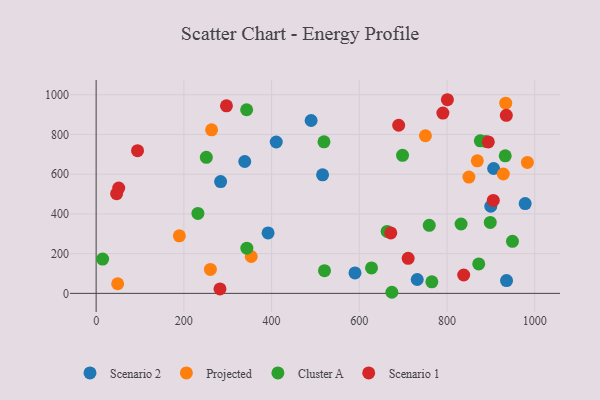
{"axis": {"x": "Distance", "y": "Yield"}, "legend": ["Cluster A", "Projected", "Scenario 1", "Scenario 2"], "data": [{"x": "410.6", "y": 762.0, "type": "Scenario 2"}, {"x": "935.6", "y": 64.2, "type": "Scenario 2"}, {"x": "899.7", "y": 438.5, "type": "Scenario 2"}, {"x": "516.2", "y": 597.0, "type": "Scenario 2"}, {"x": "392.0", "y": 304.2, "type": "Scenario 2"}, {"x": "906.2", "y": 628.6, "type": "Scenario 2"}, {"x": "283.8", "y": 562.8, "type": "Scenario 2"}, {"x": "732.0", "y": 69.9, "type": "Scenario 2"}, {"x": "590.1", "y": 102.8, "type": "Scenario 2"}, {"x": "338.8", "y": 663.8, "type": "Scenario 2"}, {"x": "490.1", "y": 870.2, "type": "Scenario 2"}, {"x": "978.1", "y": 451.9, "type": "Scenario 2"}, {"x": "933.7", "y": 957.5, "type": "Projected"}, {"x": "928.2", "y": 600.9, "type": "Projected"}, {"x": "750.7", "y": 793.6, "type": "Projected"}, {"x": "189.7", "y": 289.9, "type": "Projected"}, {"x": "353.6", "y": 185.5, "type": "Projected"}, {"x": "869.0", "y": 667.5, "type": "Projected"}, {"x": "983.1", "y": 659.4, "type": "Projected"}, {"x": "260.5", "y": 120.3, "type": "Projected"}, {"x": "849.8", "y": 585.5, "type": "Projected"}, {"x": "49.1", "y": 48.4, "type": "Projected"}, {"x": "263.2", "y": 823.3, "type": "Projected"}, {"x": "872.2", "y": 148.4, "type": "Cluster A"}, {"x": "674.2", "y": 5.5, "type": "Cluster A"}, {"x": "875.8", "y": 768.2, "type": "Cluster A"}, {"x": "898.5", "y": 357.3, "type": "Cluster A"}, {"x": "759.4", "y": 342.8, "type": "Cluster A"}, {"x": "888.5", "y": 764.5, "type": "Cluster A"}, {"x": "765.3", "y": 58.1, "type": "Cluster A"}, {"x": "520.6", "y": 114.4, "type": "Cluster A"}, {"x": "343.6", "y": 227.4, "type": "Cluster A"}, {"x": "627.8", "y": 128.3, "type": "Cluster A"}, {"x": "949.1", "y": 261.8, "type": "Cluster A"}, {"x": "519.4", "y": 762.9, "type": "Cluster A"}, {"x": "232.0", "y": 402.4, "type": "Cluster A"}, {"x": "698.5", "y": 695.1, "type": "Cluster A"}, {"x": "14.8", "y": 172.6, "type": "Cluster A"}, {"x": "663.4", "y": 312.1, "type": "Cluster A"}, {"x": "832.0", "y": 349.2, "type": "Cluster A"}, {"x": "343.1", "y": 924.5, "type": "Cluster A"}, {"x": "251.2", "y": 684.8, "type": "Cluster A"}, {"x": "932.6", "y": 692.5, "type": "Cluster A"}, {"x": "894.1", "y": 762.6, "type": "Scenario 1"}, {"x": "837.9", "y": 92.4, "type": "Scenario 1"}, {"x": "94.4", "y": 718.3, "type": "Scenario 1"}, {"x": "671.7", "y": 304.5, "type": "Scenario 1"}, {"x": "935.1", "y": 896.4, "type": "Scenario 1"}, {"x": "905.4", "y": 467.9, "type": "Scenario 1"}, {"x": "282.3", "y": 22.6, "type": "Scenario 1"}, {"x": "790.5", "y": 907.9, "type": "Scenario 1"}, {"x": "46.7", "y": 501.9, "type": "Scenario 1"}, {"x": "689.7", "y": 846.3, "type": "Scenario 1"}, {"x": "51.5", "y": 530.2, "type": "Scenario 1"}, {"x": "297.1", "y": 944.0, "type": "Scenario 1"}, {"x": "800.8", "y": 974.9, "type": "Scenario 1"}, {"x": "711.3", "y": 176.5, "type": "Scenario 1"}]}